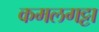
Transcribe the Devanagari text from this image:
कमलगट्टा